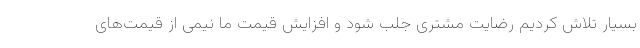
بسیار تلاش کردیم رضایت مشتری جلب شود و افزایش قیمت ما نیمی از قیمت‌های